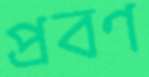
প্রবণ